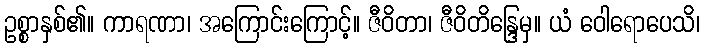
ဥစ္စာနှစ်၏။ ကာရဏာ၊ အကြောင်းကြောင့်။ ဇီဝိတာ၊ ဇီဝိတိန္ဒြေမှ။ ယံ ဝေါရောပေသိ၊